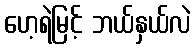
ဟေ့ရဲမြင့် ဘယ်နှယ်လဲ